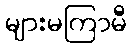
များမကြာမီ